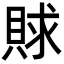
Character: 賕